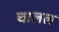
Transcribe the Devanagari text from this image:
चालल